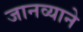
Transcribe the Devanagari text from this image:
जानव्याने